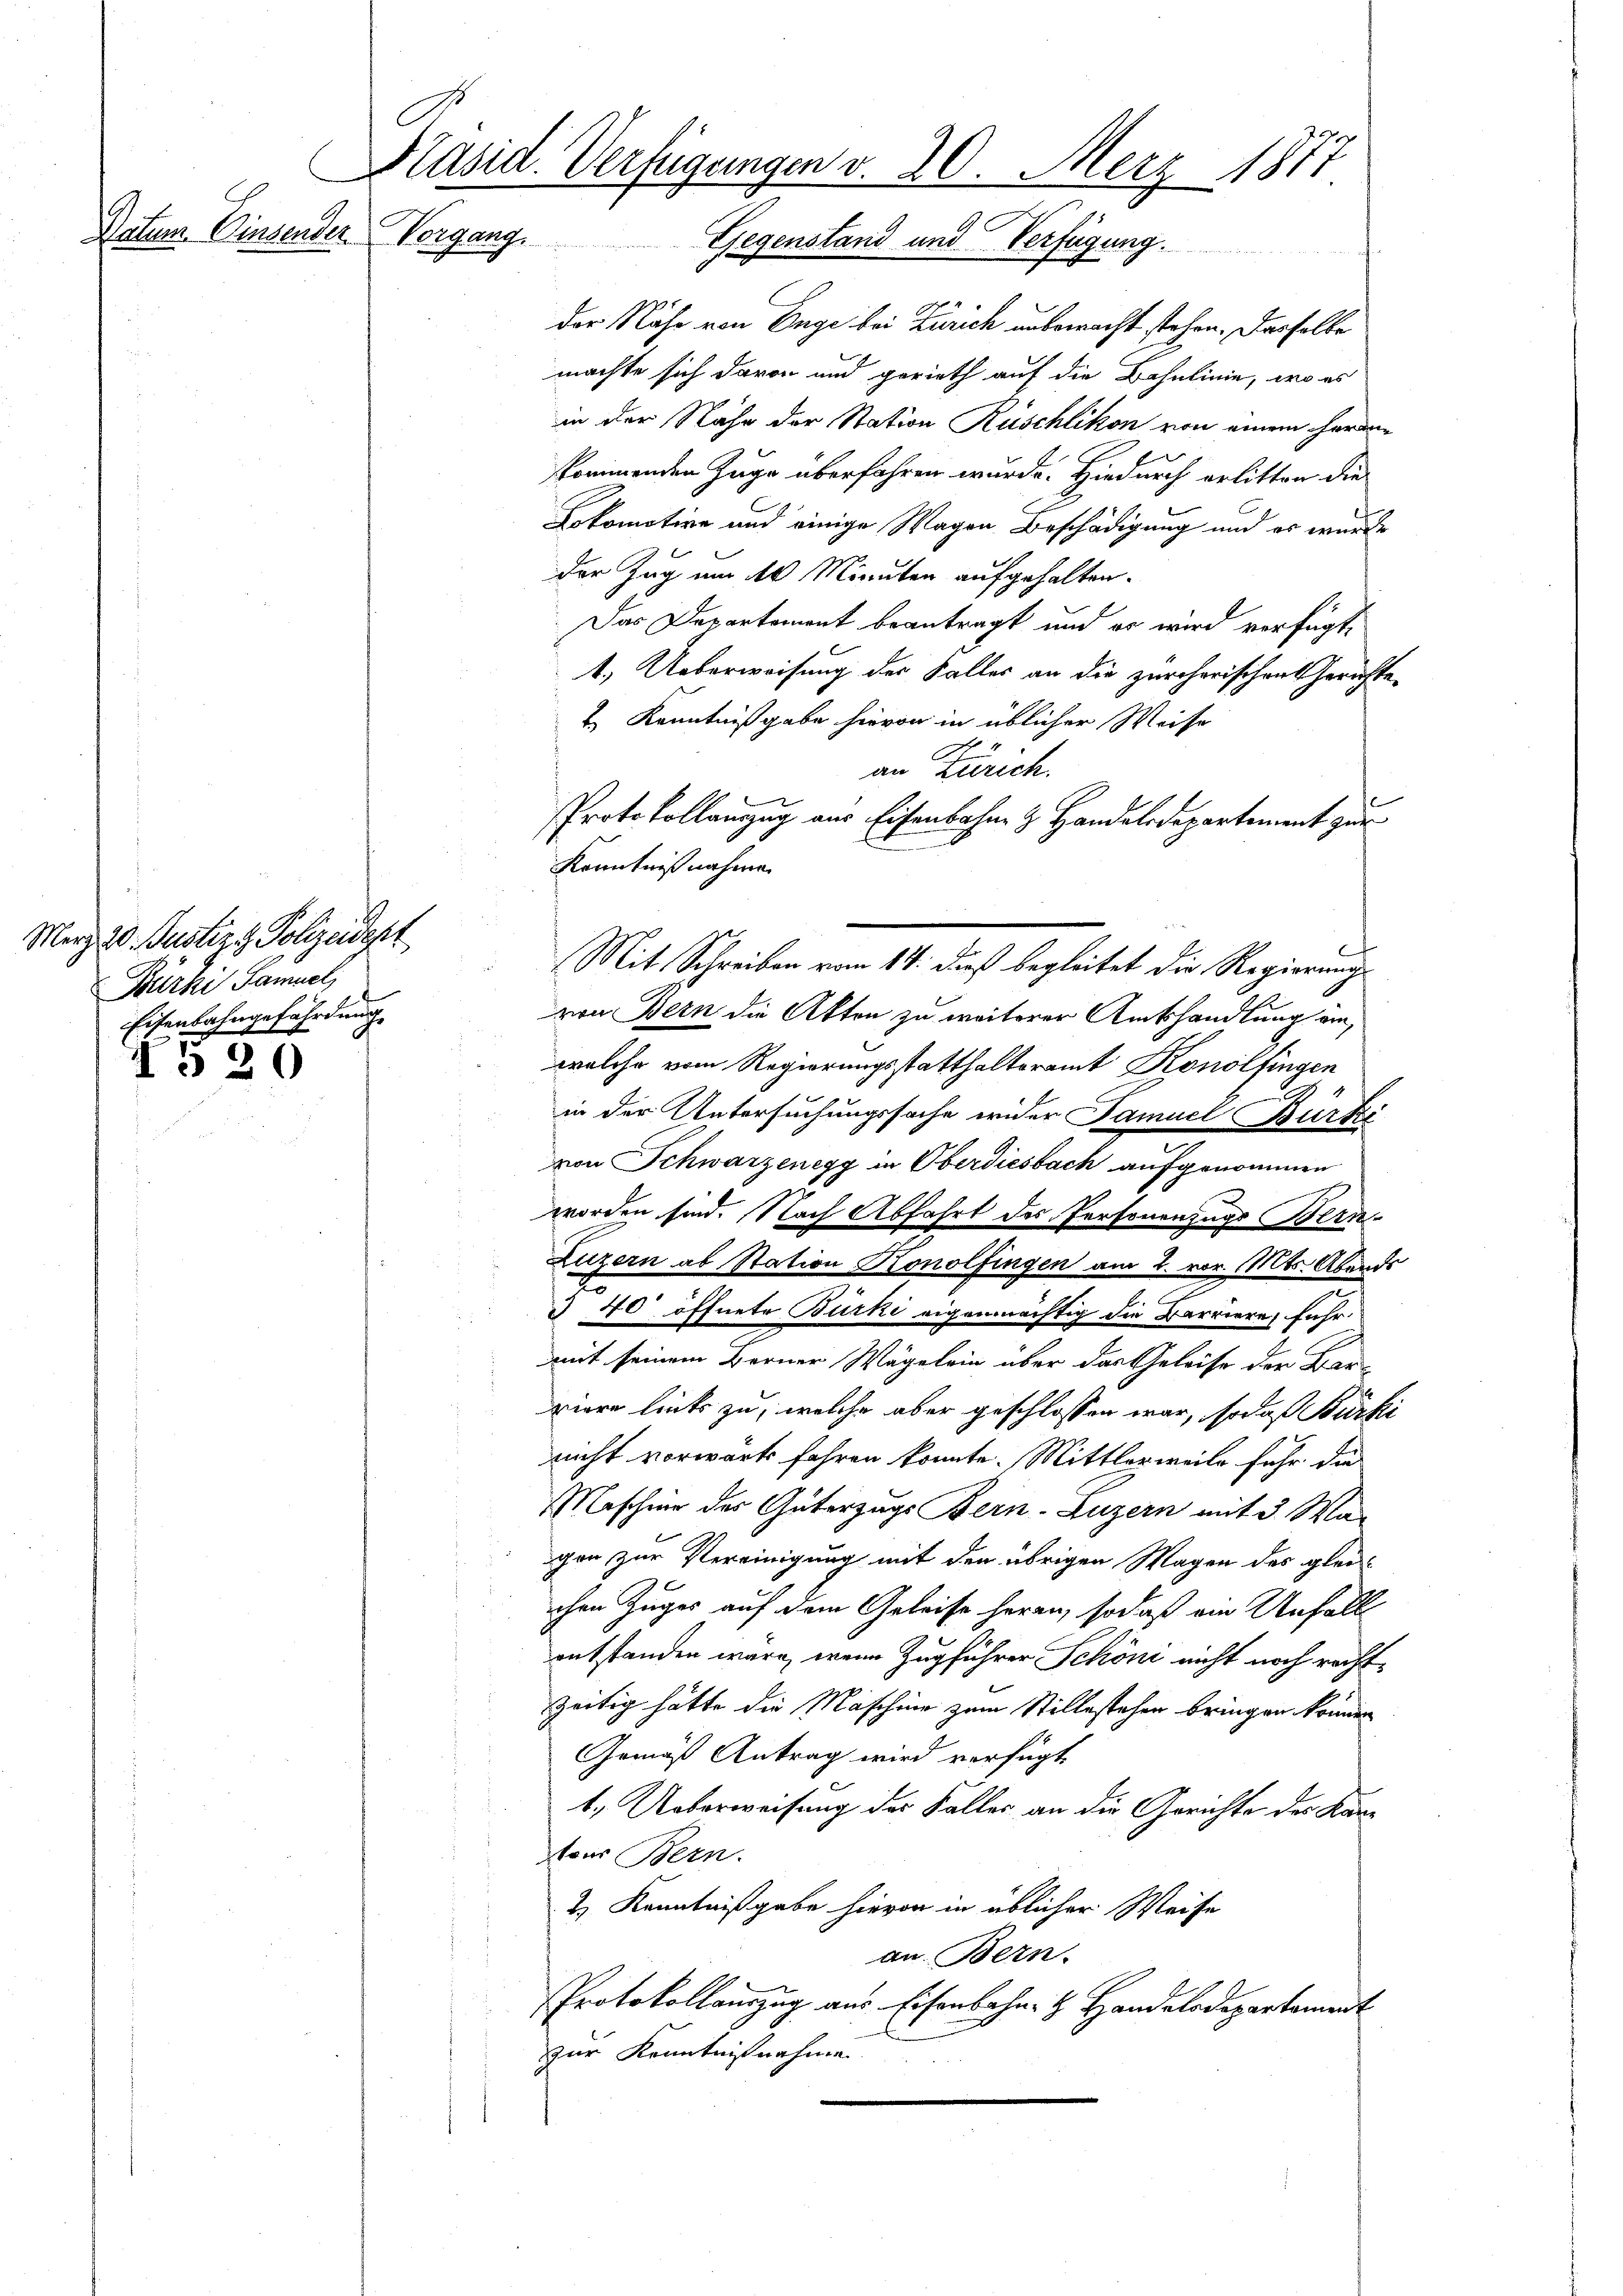
Votum. Einsender Vorgang.

§ 20

C
Präsid. Verfügungen v. 20. Merz 1871.
Gegenstand und Verfügung.

Merz 20. Justiz & Polizeidert
Bürki Samuel,
Eisenbahngefährdung.

der Nähe von Enge bei Zürich unbewacht stehen. Dasselbe
machte sich davon und gerieth auf die Bahnlinie, wo es
in der Nähe der Station Rüschlikon von einem Herrn
kommenden Zuge überfahren wurde. Hiedurch erlitten die
Lokomotive und einige Wagen Beschädigung und es wurde
der Zug um der Minuten aufgehalten.
Das Departement beantragt und es wird verfügte
1.) Ueberweisung der Faller an die zürcherischen Gerichte
 Kenntnißgabe hievon in üblicher Weise
von Bern die Akten zu weiterer Amtshandlung ein
welche vom Regierungsstatthalteramt Konolfingen
in der Untersuchungssache wider Famuel Bürki
e
von Schwarzenegg in Oberdiesbach aufgenommen
worden sind. Nach Abfahrt des Personenzugs Bern-
Luzern ab Station Konolfingen am 2. vor. Mts. Abends
§ 40 öffnete Burki eigenmächtig die Barriere, fuhr.
mit seinem Berner Wägelein über das Geleise der Bar-
riere links zu, welche aber geschlossen war, so daß Bürki
nicht vorwärts fahren könnte. Mittlerweile fuhr die
Maschier der Güterzugs Bern-Luzern mit 3 Wa
gen zur Vereinigung mit den übrigen Magen des gleiichen Zuges auf dem Geleise heran, sodaß ein Unfall
entstanden wäre, wenn Zugführer Schöne nicht noch rechtzeitig hätte die Maschine zum Stillestehen bringen können
Gemäß Antrag wird verfügt
t. Ueberweisung der Faller an die Gerichte des Kantons Bern.
& Kenntnißgabe hievon in üblicher Weise
an Bern.
Protokollauszug aus Eisenbahn- & Handelsdepartament
zur Kenntnißnahme

Kenntnißnahme

an Zürich.
Protokollanzug aus Eisenbahn & Handelsdepartement zum
Mit Schreiben vom 14. daß begleitet die Regierung